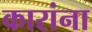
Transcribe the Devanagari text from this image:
कारांना